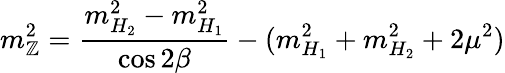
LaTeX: m_{\mathbb{Z}}^{2}=\frac{{m_{H_{2}}^{2}-m_{H_{1}}^{2}}}{{\cos2\beta}}-(m_{H_{1}}^{2}+m_{H_{2}}^{2}+2\mu^{2})